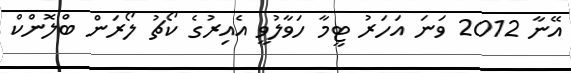
އޭނާ 2012 ވަނަ އަހަރު ޓީމާ ހަވާލުވީ އެއިރުގެ ކޯޗު ލޯރަން ބްލޮންކް